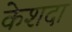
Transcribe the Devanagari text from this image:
केशदा